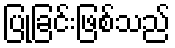
ပြုခြင်းဖြစ်သည်